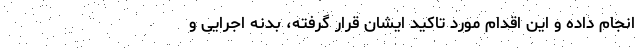
انجام داده و این اقدام مورد تاکید ایشان قرار گرفته، بدنه اجرایی و